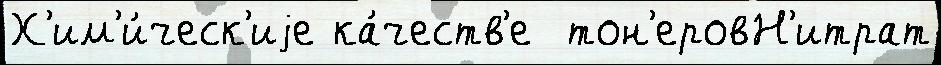
Х'им'и́ческ'иjе ка́честв'е  тон'еровН'итрат